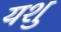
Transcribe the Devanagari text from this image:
यशु